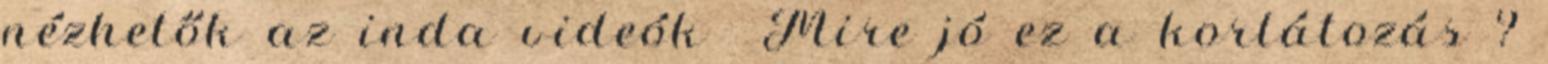
nézhetők az inda videók Mire jó ez a korlátozás ?